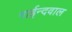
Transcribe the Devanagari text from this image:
गाईन्दवाल